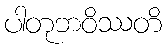
ပါတုဘဝိဿတိ